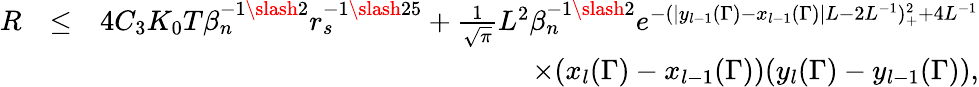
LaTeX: \begin{array}{rlr}{R}&{\leq}&{4C_{3}K_{0}T\beta_{n}^{-1\slash 2}r_{s}^{-1\slash 25}+\frac{1}{\sqrt{\pi}}L^{2}\beta_{n}^{-1\slash 2}e^{-(|y_{l-1}(\Gamma)-x_{l-1}(\Gamma)|L-2L^{-1})_{+}^{2}+4L^{-1}}}\\ &{}&{\quad\quad\quad\quad\quad\quad\quad\quad\quad\quad\times(x_{l}(\Gamma)-x_{l-1}(\Gamma))(y_{l}(\Gamma)-y_{l-1}(\Gamma)),}\end{array}